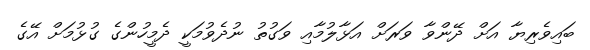
ބައިވެރިޔާ އަށް ދޭންވާ ވަރަށް އަޅާލުމާއި ވަގުތު ނުދެވުމަކީ ދެމީހުންގެ ގުޅުމަށް އޭގެ